Vaccination in Bombay 1856-1862 - 1856-1862
Year: 1856
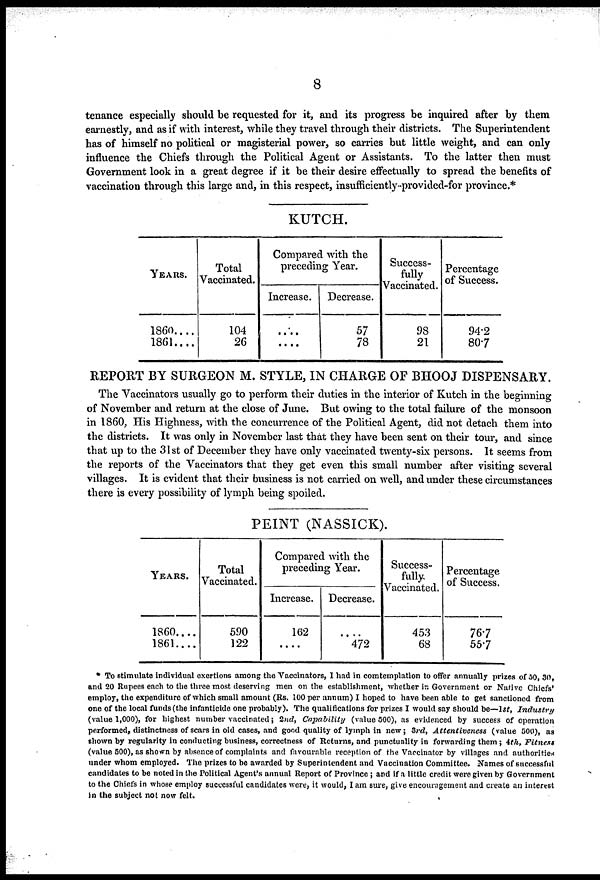
8
tenance especially should be requested for it, and its progress be inquired after by them
earnestly, and as if with interest, while they travel through their districts. The Superintendent
has of himself no political or magisterial power, so carries but little weight, and can only
influence the Chiefs through the Political Agent or Assistants. To the latter then must
Government look in a great degree if it be their desire effectually to spread the benefits of
vaccination through this large and, in this respect, insufficiently-provided-for province.*
KUTCH.
YEARS.
1860....
1861....
Total
Vaccinated.
104
26
Compared with the
preceding Year.
Increase.
....
....
Decrease.
57
78
Success-
fully
Vaccinated.
98
21
Percentage
of Success.
94.2
80.7
REPORT BY SURGEON M. STYLE, IN CHARGE OF BHOOJ DISPENSARY.
The Vaccinators usually go to perform their duties in the interior of Kutch in the beginning
of November and return at the close of June. But owing to the total failure of the monsoon
in 1860, His Highness, with the concurrence of the Political Agent, did not detach them into
the districts. It was only in November last that they have been sent on their tour, and since
that up to the 31 st of December they have only vaccinated twenty-six persons. It seems from
the reports of the Vaccinators that they get even this small number after visiting several
villages. It is evident that their business is not carried on well, and under these circumstances
there is every possibility of lymph being spoiled.
PEINT (NASSICK).
YEARS.
1860....
1861....
Total
Vaccinated.
590
122
Compared with the
preceding Year.
Increase.
162
....
Decrease.
....
472
Success-
fully-
Vaccinated.
453
68
Percentage
of Success.
76.7
55.7
To stimulate individual exertions among the Vaccinators, I had in comtemplation to offer annually prizes of 50, 30,
and 20 Rupees each to the three most deserving men on the establishment, whether in Government or Native Chiefs'
employ, the expenditure of which small amount (Rs. 100 per annum) I hoped to have been able to get sanctioned from
one of the local funds (the infanticide one probably). The qualifications for prizes I would say should be—1st, Industry
(value 1,000), for highest number vaccinated; 2nd, Capability (value 500), as evidenced by success of operation
performed, distinctness of scars in old cases, and good quality of lymph in new; 3rd, Attentiveness (value 500), as
shown by regularity in conducting business, correctness of Returns, and punctuality in forwarding them ; 4th, Fitness
(value 500), as shown by absence of complaints and favourable reception of the Vaccinator by villages and authorities
under whom employed. The prizes to be awarded by Superintendent and Vaccination Committee. Names of successful
candidates to be noted in the Political Agent's annual Report of Province ; and if a little credit were given by Government
to the Chiefs in whose employ successful candidates were, it would, I am sure, give encouragement and create an interest
in the subject not now felt.